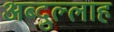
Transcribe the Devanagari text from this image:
अब्‍दुल्‍लाह